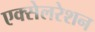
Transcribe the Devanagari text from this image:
एक्‍सेलरेशन